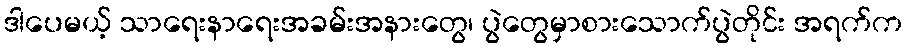
ဒါပေမယ့် သာရေးနာရေးအခမ်းအနားတွေ၊ ပွဲတွေမှာစားသောက်ပွဲတိုင်း အရက်က